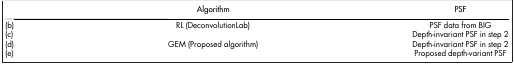
|  | Algorithm | PSF |
 | --- | --- | --- |
 | (b) | RL (DeconvolutionLab) | PSF data from BIG |
 | (c) |  | Depth-invariant PSF in step 2 |
 | (d) | GEM (Proposed algorithm) | Depth-invariant PSF in step 2 |
 | (e) |  | Proposed depth-variant PSF |